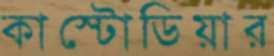
কাস্টোডিয়ার